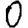
Digit: 0